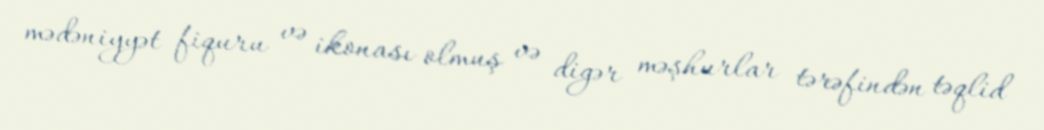
mədəniyyət fiquru və ikonası olmuş və digər məşhurlar tərəfindən təqlid